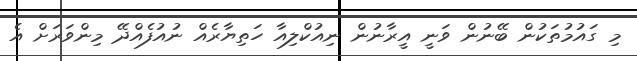
މި ގައުމުތަކުން ބޭނުން ވަނީ އީރާނުން ނިއުކްލިއާ ހަތިޔާރެއް ނުއުފެއްދޭ މިންވަރަށް އެ